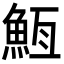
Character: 䱍